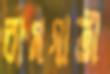
রামগাতী